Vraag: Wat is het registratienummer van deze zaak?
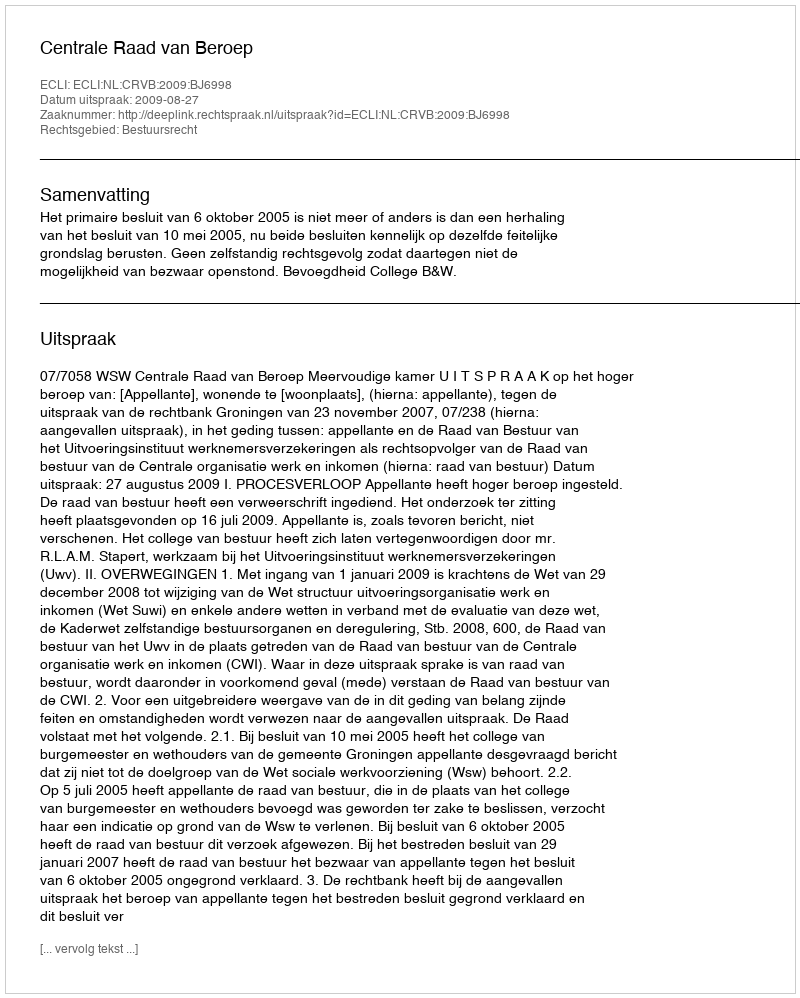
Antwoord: http://deeplink.rechtspraak.nl/uitspraak?id=ECLI:NL:CRVB:2009:BJ6998